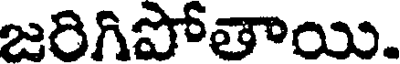
జరిగిపోతాయి.